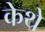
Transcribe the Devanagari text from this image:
केथे